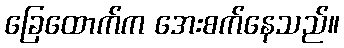
ခြေထောက်က အေးစက်နေသည်။